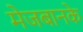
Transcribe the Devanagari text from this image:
मेजबानके